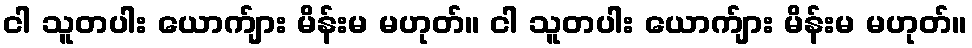
ငါ သူတပါး ယောက်ျား မိန်းမ မဟုတ်။ ငါ သူတပါး ယောက်ျား မိန်းမ မဟုတ်။